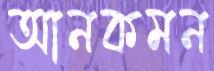
আনকমন